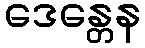
ဒေန္တေန